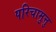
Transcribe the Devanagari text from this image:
परिचामुत्तु